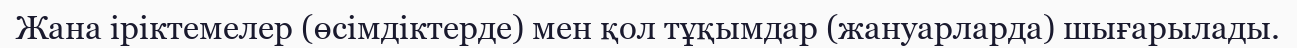
Жана іріктемелер (өсімдіктерде) мен қол тұқымдар (жануарларда) шығарылады.